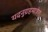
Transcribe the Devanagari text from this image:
यदनुग्रहमात्रेण